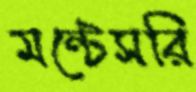
মন্টেসরি